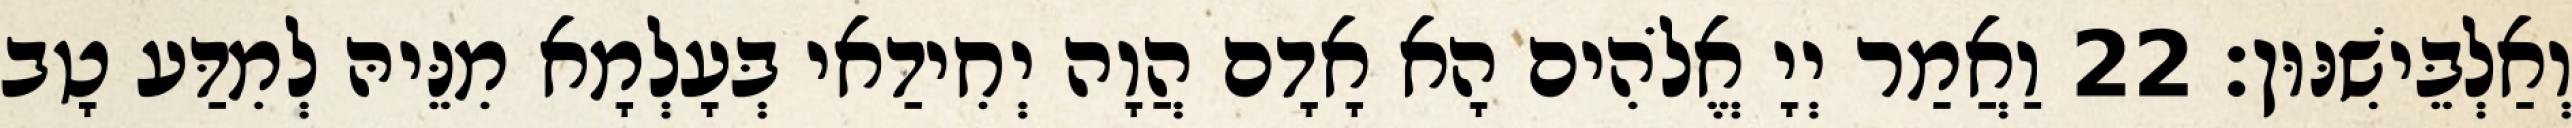
וְאַלְבֵּישִׁנּוּן׃ 22 וַאֲמַר יְיָ אֱלֹהִים הָא אָדָם הֲוָה יְחִידַאי בְּעָלְמָא מִנֵּיהּ לְמִדַּע טָב